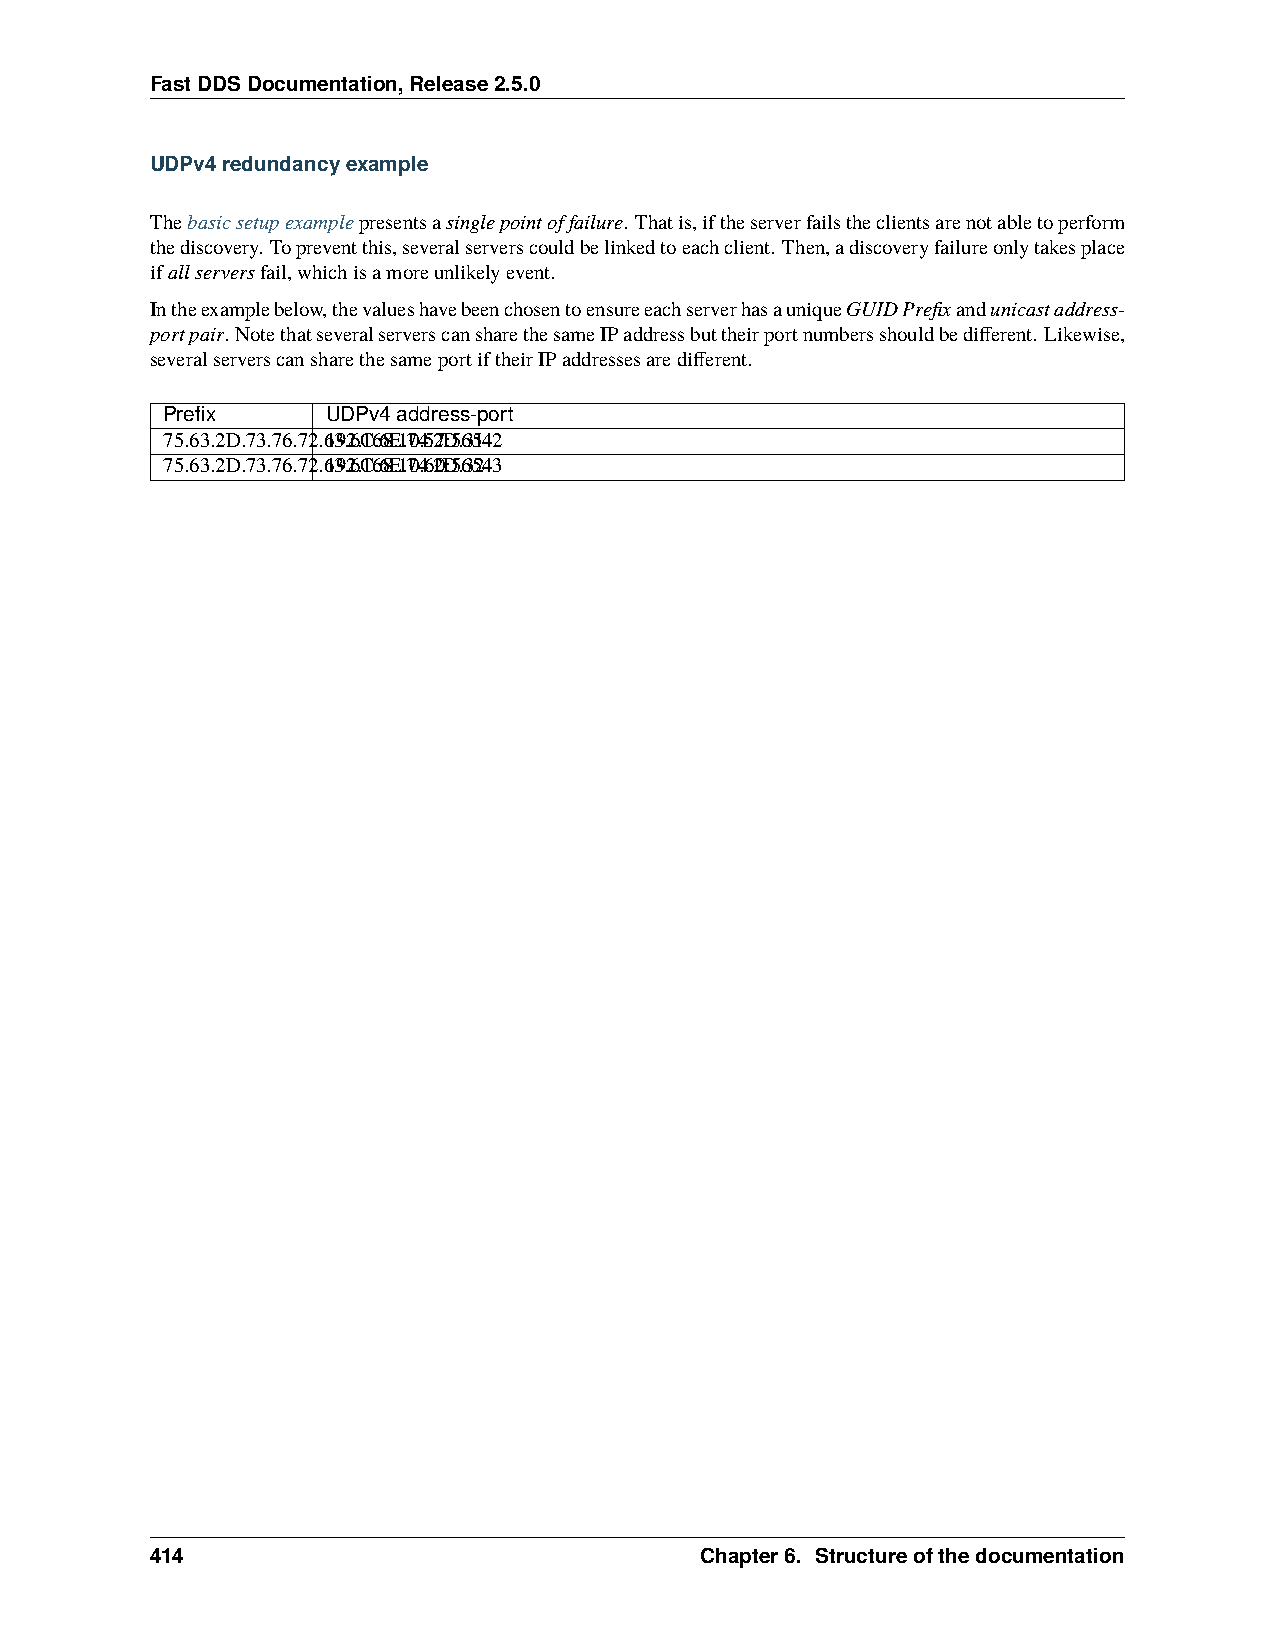
FastDDSDocumentation,Release2.5.0
 UDPv4redundancyexample
 Thebasicsetupexamplepresentsasinglepointoffailure. Thatis,iftheserverfailstheclientsarenotabletoperform
 thediscovery. Topreventthis,severalserverscouldbelinkedtoeachclient. Then,adiscoveryfailureonlytakesplace
 ifallserversfail,whichisamoreunlikelyevent.
 Intheexamplebelow,thevalueshavebeenchosentoensureeachserverhasauniqueGUIDPrefixandunicastaddress-
 portpair. NotethatseveralserverscansharethesameIPaddressbuttheirportnumbersshouldbedifferent. Likewise,
 severalserverscansharethesameportiftheirIPaddressesaredifferent.
 Prefix     UDPv4address-port
 75.63.2D.73.76.72.6139.26.C16.68E.1.704.5.27D:5.635142
 75.63.2D.73.76.72.6139.26.C16.68E.1.704.6.20D:5.635243
 414                                 Chapter6. Structureofthedocumentation